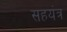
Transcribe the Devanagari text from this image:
सहयंत्र